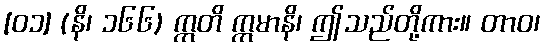
[၀၁] (နိ၊ ၁၆၆) ဣတိ ဣမာနိ၊ ဤသည်တို့ကား။ တာဝ၊